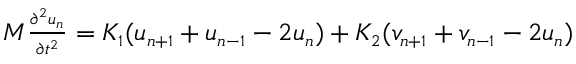
\small \begin{array} { r } { M \frac { \partial ^ { 2 } u _ { n } } { \partial t ^ { 2 } } = K _ { 1 } ( u _ { n + 1 } + u _ { n - 1 } - 2 u _ { n } ) + K _ { 2 } ( v _ { n + 1 } + v _ { n - 1 } - 2 u _ { n } ) } \end{array}